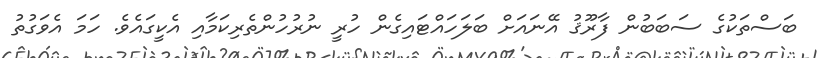
ބަސްތަކުގެ ސަބަބުން ފާރޫޤު އޭނައަށް ބަލަހައްޓައިގެން ހުރީ ނުރުހުންތެރިކަމާއި އެކީގައެވެ. ހަމަ އެވަގުތު